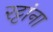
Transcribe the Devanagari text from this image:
रट्टांना